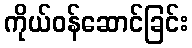
ကိုယ်ဝန်ဆောင်ခြင်း